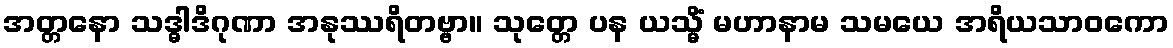
အတ္တနော သဒ္ဓါဒိဂုဏာ အနုဿရိတဗ္ဗာ။ သုတ္တေ ပန ယသ္မိံ မဟာနာမ သမယေ အရိယသာဝကော